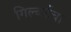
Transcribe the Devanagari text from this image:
गिल्बर्टचा